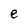
Character: e